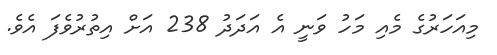
މިއަހަރުގެ މެއި މަހު ވަނީ އެ އަދަދު 238 އަށް އިތުރުވެފަ އެވެ.